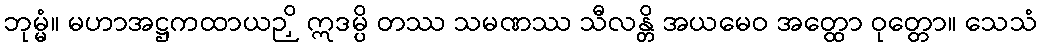
ဘုမ္မံ။ မဟာအဋ္ဌကထာယဉှိ ဣဒမ္ပိ တဿ သမဏဿ သီလန္တိ အယမေဝ အတ္ထော ဝုတ္တော။ သေသံ